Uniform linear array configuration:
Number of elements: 64
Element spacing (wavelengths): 0.25
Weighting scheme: kaiser
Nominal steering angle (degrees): -30
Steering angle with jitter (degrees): -28.741
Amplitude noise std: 0.05
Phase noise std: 0.05

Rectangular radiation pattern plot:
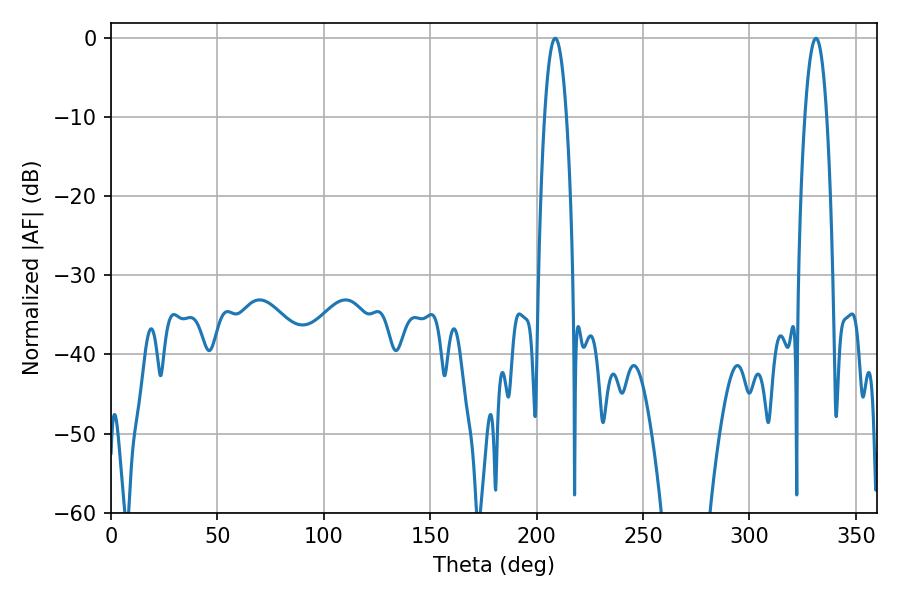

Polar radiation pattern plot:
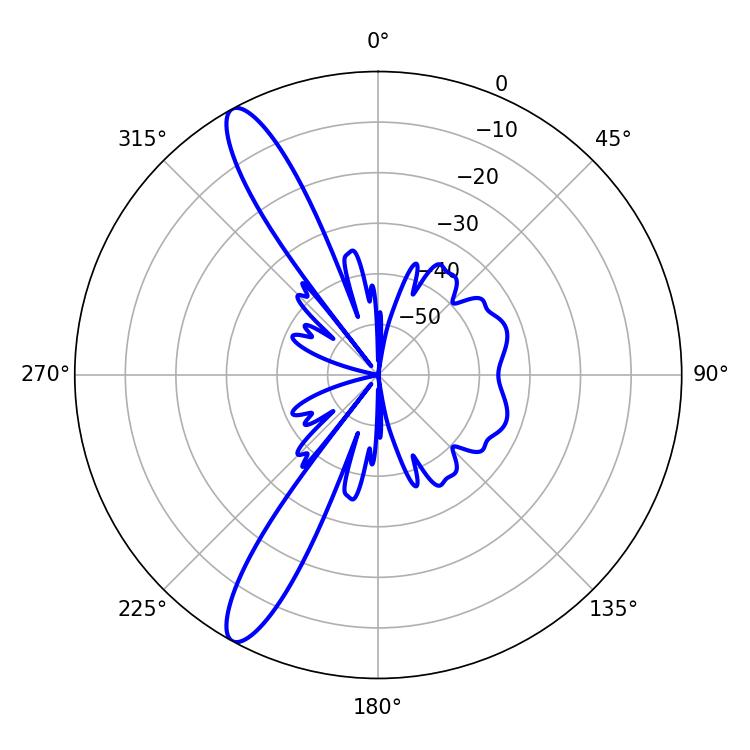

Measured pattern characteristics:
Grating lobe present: FALSE
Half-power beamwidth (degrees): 5.76
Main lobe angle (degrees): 208.8